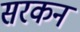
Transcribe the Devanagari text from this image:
सरकन